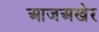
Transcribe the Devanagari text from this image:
आजअखेर